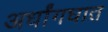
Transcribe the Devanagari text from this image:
अर्धांगघात